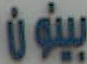
بينون